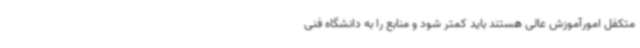
متکفل امورآموزش عالی هستند باید کمتر شود و منابع را به دانشگاه فنی